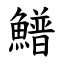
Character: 䲕